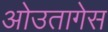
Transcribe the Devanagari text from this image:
ओउतागेस